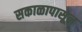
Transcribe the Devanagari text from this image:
सकाळापासून